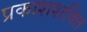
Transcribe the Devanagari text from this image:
प्रकाशशक्ति